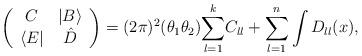
LaTeX: \begin{align*} \left(\begin{array}{ll} \ C & | B \rangle \\ \langle E | & \ \hat{D} \end{array}\right) = (2\pi)^2(\theta_1 \theta_2) \underset{l=1}{\overset{k}{\sum}} C_{ll} + \underset{l=1}{\overset{n}{\sum}} \int D_{ll}(x),\end{align*}